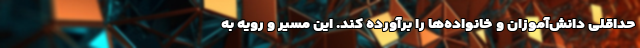
حداقلی دانش‌آموزان و خانواده‌ها را برآورده کند. این مسیر و رویه به